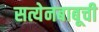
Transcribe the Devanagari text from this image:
सत्येनबाबूची